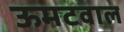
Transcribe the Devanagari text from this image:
ऊमटवाल